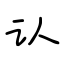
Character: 认